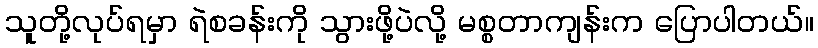
သူတို့လုပ်ရမှာ ရဲစခန်းကို သွားဖို့ပဲလို့ မစ္စတာကျန်းက ပြောပါတယ်။